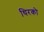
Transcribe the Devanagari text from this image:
थिरको